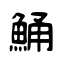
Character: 鯒